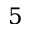
5